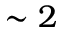
\sim 2